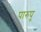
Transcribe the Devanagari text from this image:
पारुपु